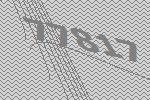
77817